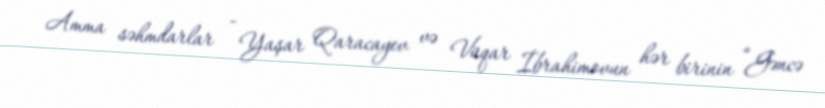
Amma səhmdarlar - Yaşar Qaracayev və Vüqar İbrahimovun hər birinin “Gəncə